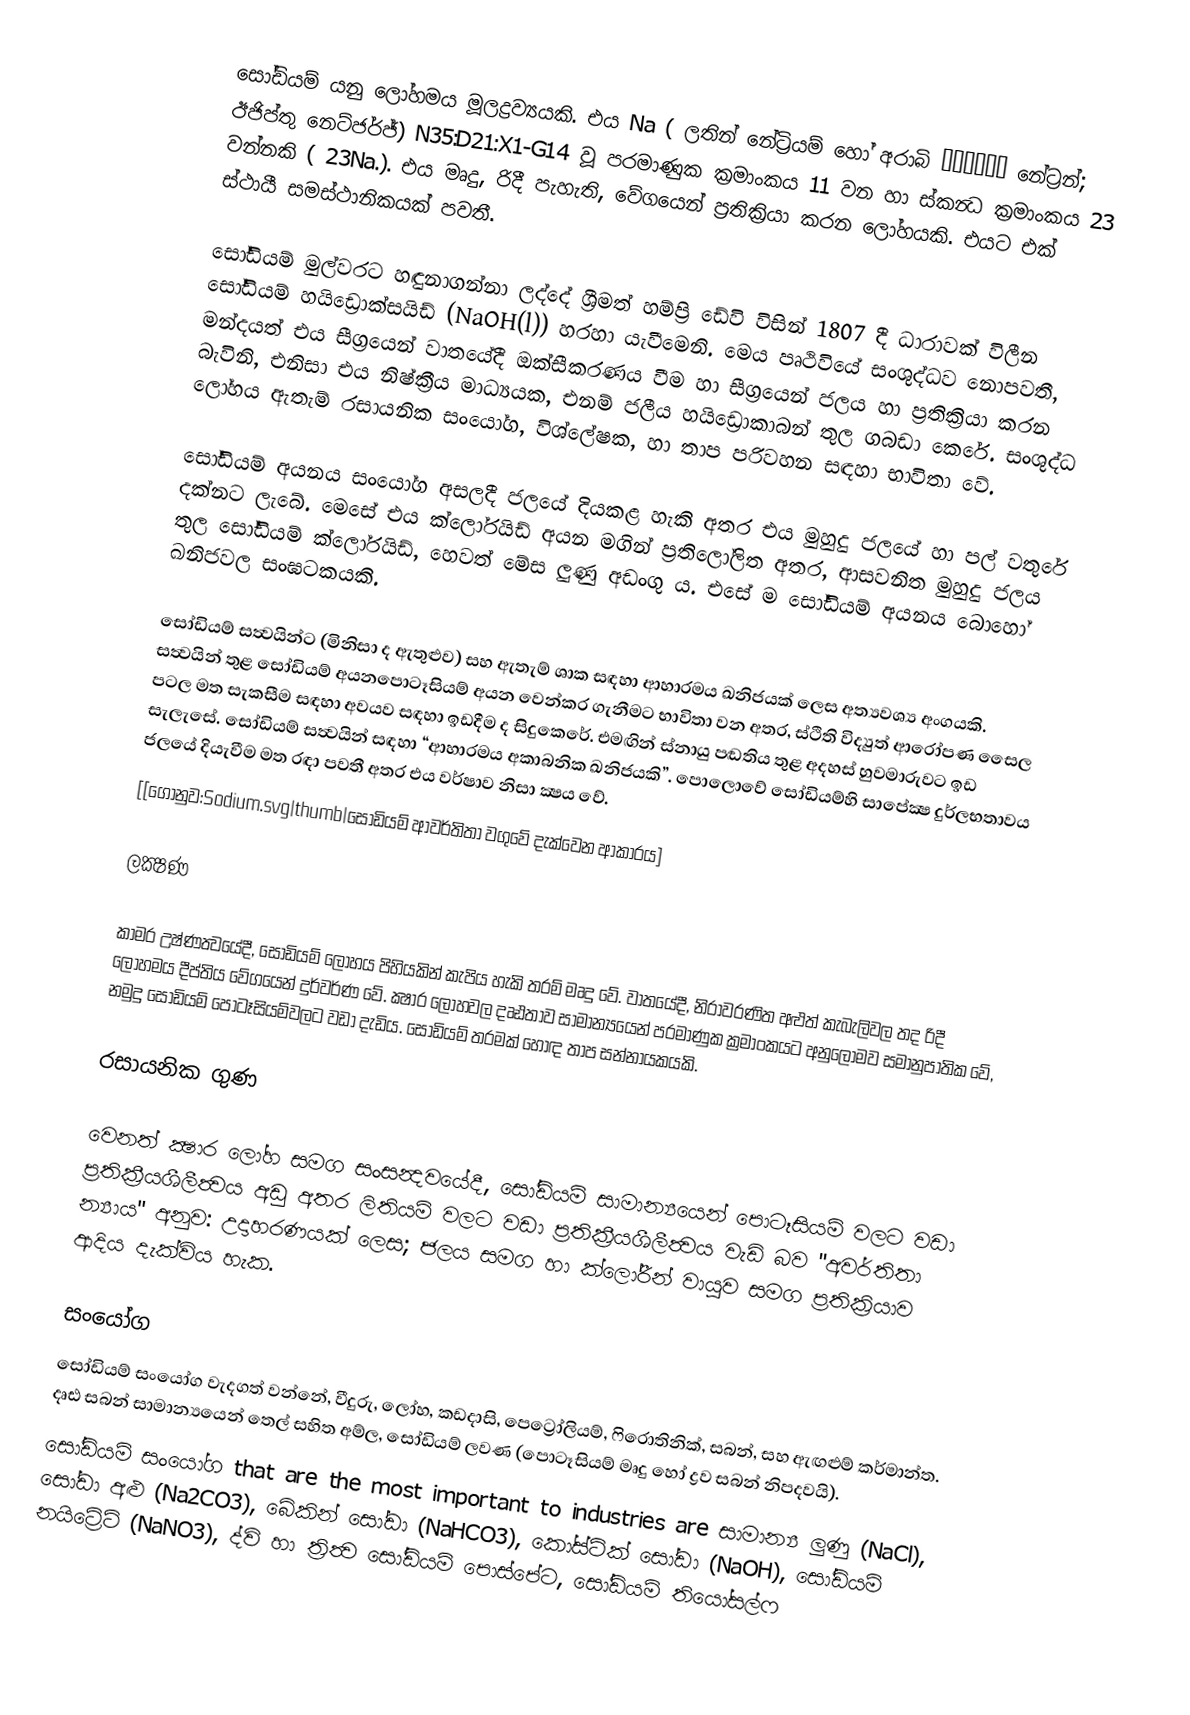
සෝඩියම් යනු ලෝහමය මූලද්‍රව්‍යයකි. එය Na ( ලතින් නේට්‍රියම් හෝ අරාබි ناترون නේට්‍රන්; ඊජිප්තු නෙට්ජර්ජ්) N35:D21:X1-G14 වූ පරමාණුක ක්‍රමාංකය 11 වන හා ස්කන්‍ධ ක්‍රමාංකය 23 වන්නකි ( 23Na.). එය මෘදු, රිදී පැහැති, වේගයෙන් ප්‍රතික්‍රියා කරන ලෝහයකි. එයට එක් ස්ථායී සමස්ථානිකයක් පවතී.

සෝඩියම් මුල්වරට හඳුනාගන්නා ලද්දේ ශ්‍රීමත් හම්ප්‍රි ඩේවි විසින් 1807 දී ධාරාවක් විලීන සෝඩියම් හයි‍ඩ්‍රොක්සයිඩ් (NaOH(l)) හරහා යැවීමෙනි. මෙය පෘථිවියේ සංශුද්ධව නොපවතී, මන්දයත් එය සීග්‍රයෙන් වාතයේදී ඔක්සීකරණය වීම හා සීග්‍රයෙන් ජලය හා ප්‍රතික්‍රියා කරන බැවිනි, එනිසා එය නිෂ්ක්‍රීය මාධ්‍යයක, එනම් ජලීය හයිඩ්‍රොකාබන් තුල ගබඩා කෙරේ. සංශුද්ධ ලෝහය ඇතැම් රසායනික සංයෝග, විශ්ලේෂක, හා තාප පරිවහන සඳහා භාවිතා වේ.

සෝඩියම් අයනය සංයෝග අසලදී ජලයේ දියකළ හැකි අතර එය මුහුදු ජලයේ හා පල් වතුරේ දක්නට ලැබේ. මෙසේ එය ක්ලෝරයිඩ් අයන මගින් ප්‍රතිලෝලිත අතර, ආසවනිත මුහුදු ජලය තුල සෝඩියම් ක්ලෝරයිඩ්, හෙවත් මේස ලුණු අඩංගු ය. එසේ ම සෝඩියම් අයනය බොහෝ ඛනිජවල සංඝටකයකි.

සෝඩියම් සත්‍වයින්ට (මිනිසා ද ඇතුළුව) සහ ඇතැම් ශාක සඳහා ආහාරමය ඛනිජයක් ලෙස අත්‍යවශ්‍ය අංගයකි. සත්‍වයින් තුළ සෝඩියම් අයනපොටෑසියම් අයන වෙන්කර ගැනීමට භාවිතා වන අතර, ස්ථිති විද්‍යුත් ආරෝපණ සෛල පටල මත සැකසීම සඳහා අවයව සඳහා ඉඩ‍දීම ද සිදුකෙරේ. එමඟින් ස්නායු පඬතිය තුළ අදහස් හුවමාරුවට ඉඩ සැලැසේ. සෝඩියම් සත්‍වයින් සඳහා “ආහාරමය අකාබනික ඛනිජයකි”. පොලොවේ සෝඩියම්හි සාපේක්‍ෂ දුර්ලභතාවය ජලයේ දියැවීම මත රඳා පවතී අතර එය වර්ෂාව නිසා ක්‍ෂය වේ.
	[[ගොනුව:Sodium.svg|thumb|සෝඩියම් ආවර්තිතා වගුවේ දැක්වෙන ආකාරය]

ලක්‍ෂණ

කාමර උෂ්ණත්‍වයේදී, සෝඩියම් ලෝහය පිහියකින් කැපිය හැකි තරම් මෘදු වේ. වාතයේදී, නිරාවරණිත අළුත් කැබැලිවල තද රිදී ලෝහමය දීප්තිය වේගයෙන් දුර්වර්ණ වේ. ක්‍ෂාර ලෝහවල දෘඪතාව සාමාන්‍යයෙන් පරමාණුක ක්‍රමාංකයට අනුලෝමව සමානුපාතික වේ, නමුදු සෝඩියම් පොටෑසියම්වලට වඩා දැඩිය. සෝඩියම් තරමක් හොඳ තාප සන්නායකයකි.

රසායනික ගුණ

වෙනත් ක්‍ෂාර ලෝහ සමග සංසන්‍දවයේදී, සෝඩියම් සාමාන්‍යයෙන් පොටෑසියම් වල‍ට වඩා ප්‍රතික්‍රීයශීලීත්‍වය අඩු අතර ලිතියම් වල‍ට වඩා ප්‍රතික්‍රීයශීලීත්‍වය වැඩි බව "අවර්තිතා න්‍යාය" අනුව: උදාහරණයක් ලෙස; ජලය සමග හා ක්ලෝරීන් වායුව සමග ප්‍රතික්‍රියාව ආදිය දැක්විය හැක.

සංයෝග
සෝඩියම් සංයෝග වැදගත් වන්නේ, වීදුරු, ලෝහ, කඩදාසි, පෙට්‍රෝලියම්, ෆිරොතිනික්, සබන්, සහ ඇඟළුම් කර්මාන්ත. දෘඪ සබන් සාමාන්‍යයෙන් තෙල් සහිත අම්ල, සෝඩියම් ලවණ (පොටෑසියම් මෘදු හෝ ද්‍රව සබන් නිපදවයි).
සෝඩියම් සංයෝග that are the most important to industries are සාමාන්‍ය ලුණු (NaCl), සෝඩා අළු (Na2CO3), බේකින් සෝඩා (NaHCO3), කෝස්ටික් සෝඩා (NaOH), සෝඩියම් නයිට්‍රේට් (NaNO3), ද්වි හා ත්‍රිත්‍ව සෝඩියම් පොස්පේට, සෝඩියම් තියෝසල්ෆ